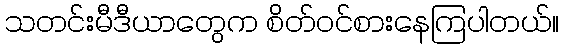
သတင်းမီဒီယာတွေက စိတ်ဝင်စားနေကြပါတယ်။